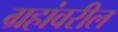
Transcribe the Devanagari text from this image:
ग्रहांवरील